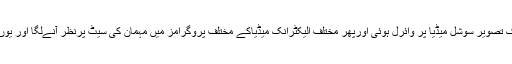
اس کی بہترین مثال ”ارشد خان چاۓ والا جس کی صرف ایک تصویر سوشل میڈیا پر وائرل ہوئی اورپھر مختلف الیکٹرانک میڈیاکے مختلف پروگرامز میں مہمان کی سیٹ پرنظر آنےلگا اور یوں دیکھتے دیکھتے ہوٹل پر چاۓبنانےوالا سپر اسٹار بن گیا ۔